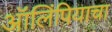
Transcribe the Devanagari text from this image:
ऑलिंपियाचा